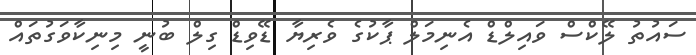
ސައުތު ލޭކްސް ވައިލްޑް އެނިމަލް ޕާކުގެ ވެރިޔާ ޑޭވިޑް ގިލް ބުނީ މިނިކާވަގުތައް